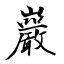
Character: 巖